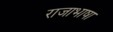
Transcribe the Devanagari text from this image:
राजाभाषा